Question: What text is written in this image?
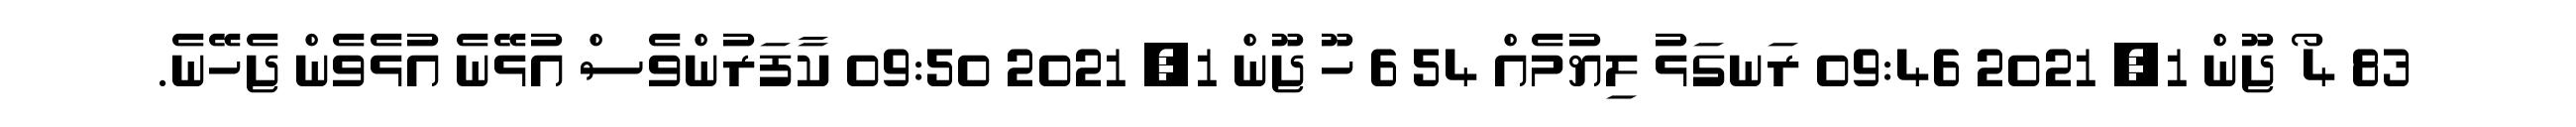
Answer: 83 4 ޯ ޖޫން 1, 2021 09:46 ރަނގަޅު ލިޔުމެއް 54 6 ހޫ ޖޫން 1, 2021 09:50 ކާފަރުންވެސް އުޅޭނެ އުޅެވެން ޖެހޭނެ.